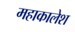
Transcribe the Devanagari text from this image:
महाकालेश